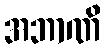
အဘာဏိ